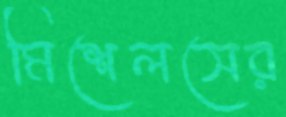
মিশেলসের